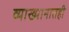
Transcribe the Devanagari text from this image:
व्याख्यानातही